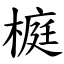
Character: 榳